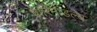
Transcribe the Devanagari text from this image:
पारिमांडल्य